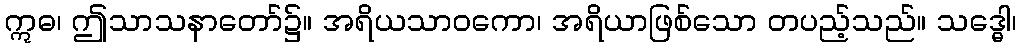
ဣဓ၊ ဤသာသနာတော်၌။ အရိယသာဝကော၊ အရိယာဖြစ်သော တပည့်သည်။ သဒ္ဓေါ၊